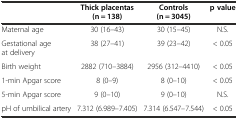
<table><thead><tr><td></td><td><b>Thick placentas (n = 138)</b></td><td><b>Controls (n = 3045)</b></td><td><b>p value</b></td></tr></thead><tbody><tr><td>Maternal age</td><td>30 (16–43)</td><td>30 (15–45)</td><td>N.S.</td></tr><tr><td>Gestational age at delivery</td><td>38 (27–41)</td><td>39 (23–42)</td><td>&lt; 0.05</td></tr><tr><td>Birth weight</td><td>2882 (710–3884)</td><td>2956 (312–4410)</td><td>&lt; 0.05</td></tr><tr><td>1-min Apgar score</td><td>8 (0–9)</td><td>8 (0–10)</td><td>&lt; 0.05</td></tr><tr><td>5-min Apgar score</td><td>9 (0–10)</td><td>9 (0–10)</td><td>N.S.</td></tr><tr><td>pH of umbilical artery</td><td>7.312 (6.989–7.405)</td><td>7.314 (6.547–7.544)</td><td>&lt; 0.05</td></tr></tbody></table>